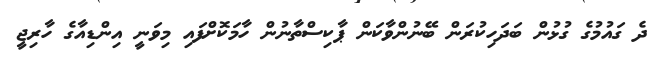
ދެ ގައުމުގެ ގުޅުން ބަދަހިކުރަން ބޭނުންވާކަން ޕާކިސްތާނުން ހާމަކޮށްފައި މިވަނީ އިންޑިއާގެ ހާރިޖީ